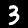
Digit: 3